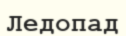
Ледопад